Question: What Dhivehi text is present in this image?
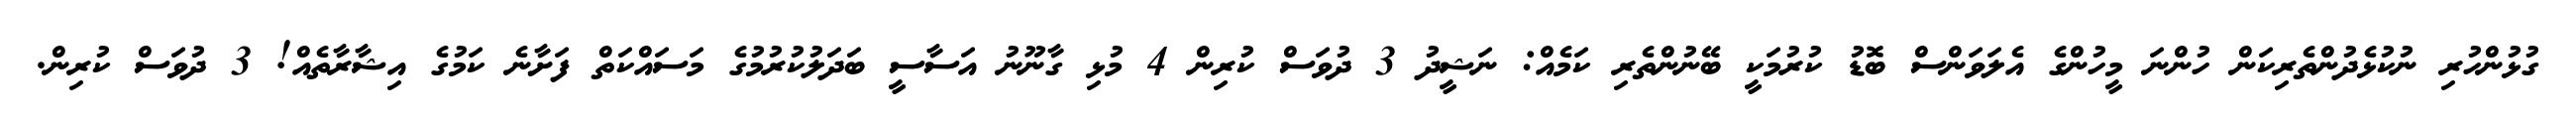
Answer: ގުޅުންހުރި ނުކުޅެދުންތެރިކަން ހުންނަ މީހުންގެ އެލަވަންސް ބޮޑު ކުރުމަކީ ބޭނުންތެރި ކަމެއް: ނަޝީދު 3 ދުވަސް ކުރިން 4 މުޅި ގާނޫނު އަސާސީ ބަދަލުކުރުމުގެ މަސައްކަތް ފަށާނެ ކަމުގެ އިޝާރާތެއް! 3 ދުވަސް ކުރިން.